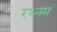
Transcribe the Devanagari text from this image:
रथ्नम